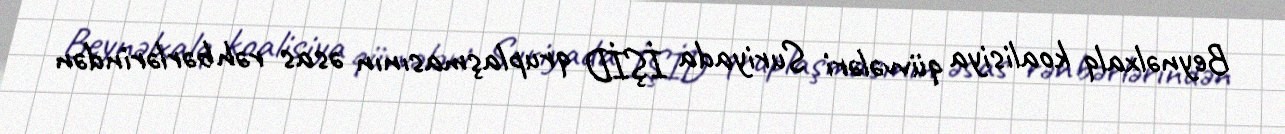
Beynəlxalq koalisiya qüvvələri Suriyada İŞİD qruplaşmasının əsas rəhbərlərindən